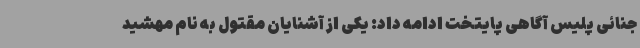
جنائی پلیس آگاهی پایتخت ادامه داد: یکی از آشنایان مقتول به نام مهشید